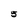
Character: 5